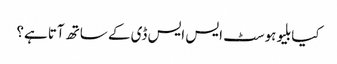
کیا بلیوہوسٹ ایس ایس ڈی کے ساتھ آتا ہے؟